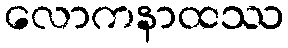
လောကနာထဿ